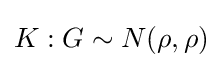
K:G\sim N(\rho ,\rho )